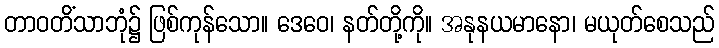
တာဝတိံသာဘုံ၌ ဖြစ်ကုန်သော။ ဒေဝေ၊ နတ်တို့ကို။ အနုနယမာနော၊ မယုတ်စေသည်